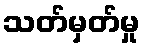
သတ်မှတ်မှု